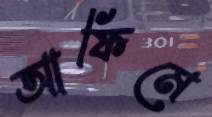
আফিমে